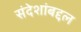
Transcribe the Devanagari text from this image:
संदेशांबद्दल